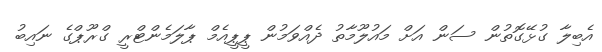
އެބިލާ ގުޅޭގޮތުން ސަން އަށް މައުލޫމާތު ދެއްވަމުން ޕީޕީއެމް ޕާލަމެންޓްރީ ގްރޫޕްގެ ނައިބު